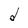
Character: d